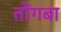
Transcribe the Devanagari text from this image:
तोंगबा